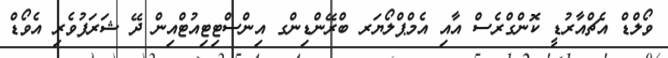
ވޯލްޑް އެޗްއާރުޑީ ކޮންގްރެސް އާއި އެމްޕްލޯޔަރ ބްރޭންޑިންގ އިންސްޓިޓިއުޓްއިން ދޭ ޝަރަފުވެރި އެވޯޑް